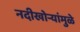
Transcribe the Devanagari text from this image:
नदीखोर्‍यांमुळे